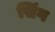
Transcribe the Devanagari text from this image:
सिंग